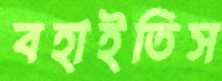
বহাইতিস